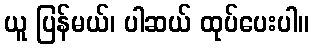
ယူ ပြန်မယ်၊ ပါဆယ် ထုပ်ပေးပါ။